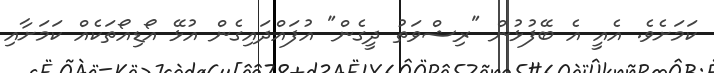
ކަމަށެވެ. އެއީ އެ ބޭފުޅުން "ރިޝްވަތު ދީގެން" އުފައްދައިގެން އުޅޭ އޯޑިއޯތަކެއް ކަމަށާއި